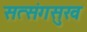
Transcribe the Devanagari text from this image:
सत्संगसुख